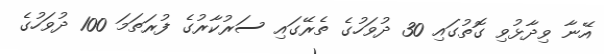
އޭނާ ވިދާޅުވި ގޮތުގައި 30 ދުވަހުގެ ތެރޭގައި ސަރުކާރުގެ ފުރަތަމަ 100 ދުވަހުގެ